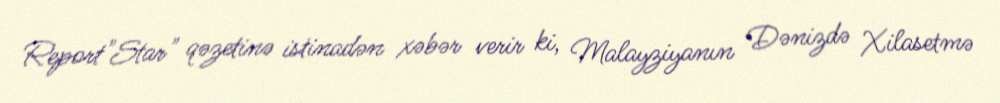
Report"Star" qəzetinə istinadən xəbər verir ki, Malayziyanın Dənizdə Xilasetmə